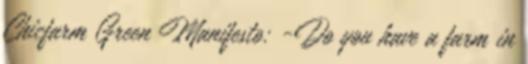
Chicfarm Green Manifesto: -Do you have a farm in